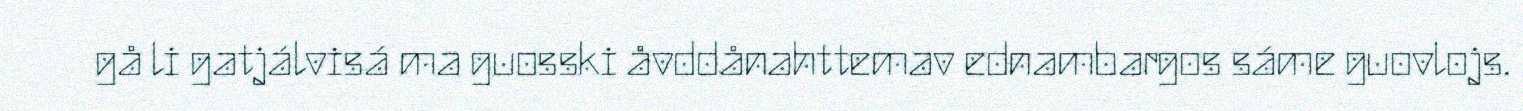
gå li gatjálvisá ma guosski åvddånahttemav ednambargos sáme guovlojs.